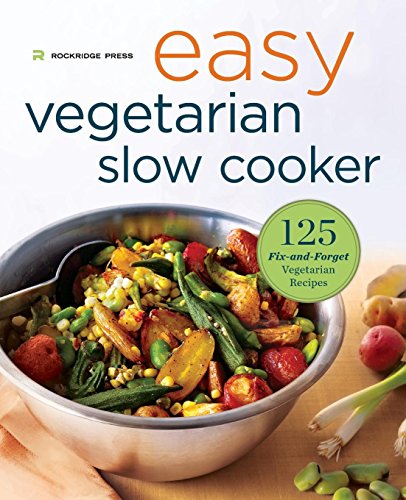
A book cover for Easy Vegetarian Slow Cooker Cookbook: 125 Fix-And-Forget Vegetarian Recipes; Rockridge Press; Cookbooks, Food & Wine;